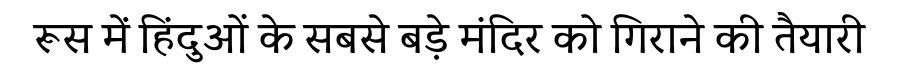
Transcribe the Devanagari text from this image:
रूस में हिंदुओं के सबसे बड़े मंदिर को गिराने की तैयारी